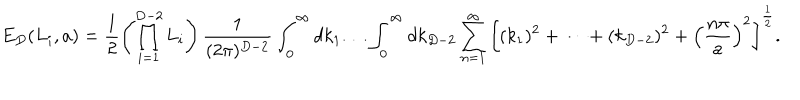
LaTeX: E _ { D } ( L _ { i } , a ) = \frac { 1 } { 2 } \left( \prod _ { i = 1 } ^ { D - 2 } L _ { i } \right) \frac { 1 } { ( 2 \pi ) ^ { D - 2 } } \int _ { 0 } ^ { \infty } d k _ { 1 } \dots \int _ { 0 } ^ { \infty } d k _ { D - 2 } \sum _ { n = 1 } ^ { \infty } \left[ ( k _ { 1 } ) ^ { 2 } + \dots + ( k _ { D - 2 } ) ^ { 2 } + \left( \frac { n \pi } { a } \right) ^ { 2 } \right] ^ { \frac { 1 } { 2 } } .